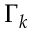
\Gamma _ { k }